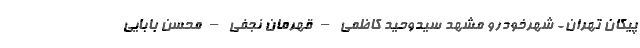
پیکان تهران- شهرخودرو مشهد سیدوحید کاظمی – قهرمان نجفی – محسن بابایی